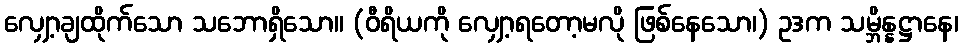
လျှော့ချထိုက်သော သဘောရှိသော။ (ဝီရိယကို လျှော့ရတော့မလို ဖြစ်နေသော၊) ဥဒက သမ္ဘိန္နဋ္ဌာနေ၊